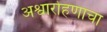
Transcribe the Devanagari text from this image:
अश्वारोहणाचा